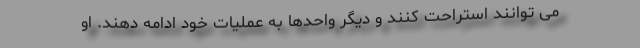
می توانند استراحت کنند و دیگر واحدها به عملیات خود ادامه دهند. او